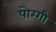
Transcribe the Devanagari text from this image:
पोग्गी